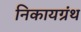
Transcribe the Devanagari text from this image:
निकायग्रंथ